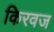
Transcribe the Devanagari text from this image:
किरवज